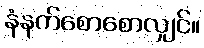
နံနက်စောစောလျှင်။